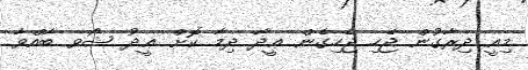
މިއީ ދިރާގުން ޖެހި ޖެހިގެން ޢީދާ ދިމާ ކޮށް ޢީދު ޝޯވ ބާއްވާ